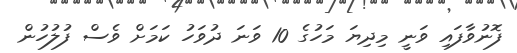
ފޮނުވާފައި ވަނީ މިދިޔަ މަހުގެ 10 ވަނަ ދުވަހު ކަމަށް ވެސް ފުލުހުން